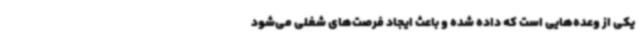
یکی از وعده‌هایی است که داده شده و باعث ایجاد فرصت‌های شغلی می‌شود